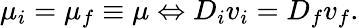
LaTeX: \mu_{i}=\mu_{f}\equiv\mu\Leftrightarrow D_{i}v_{i}=D_{f}v_{f}.